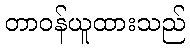
တာဝန်ယူထားသည်